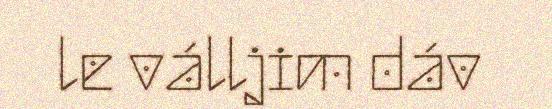
le válljim dáv